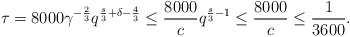
\begin{align*}\tau=8000\gamma^{-\frac{2}{3}}q^{\frac{s}{3}+\delta-\frac{4}{3}} \leq \frac{8000}{c}q^{\frac{s}{3}-1} \leq \frac{8000}{c} \leq \frac{1}{3600}.\end{align*}